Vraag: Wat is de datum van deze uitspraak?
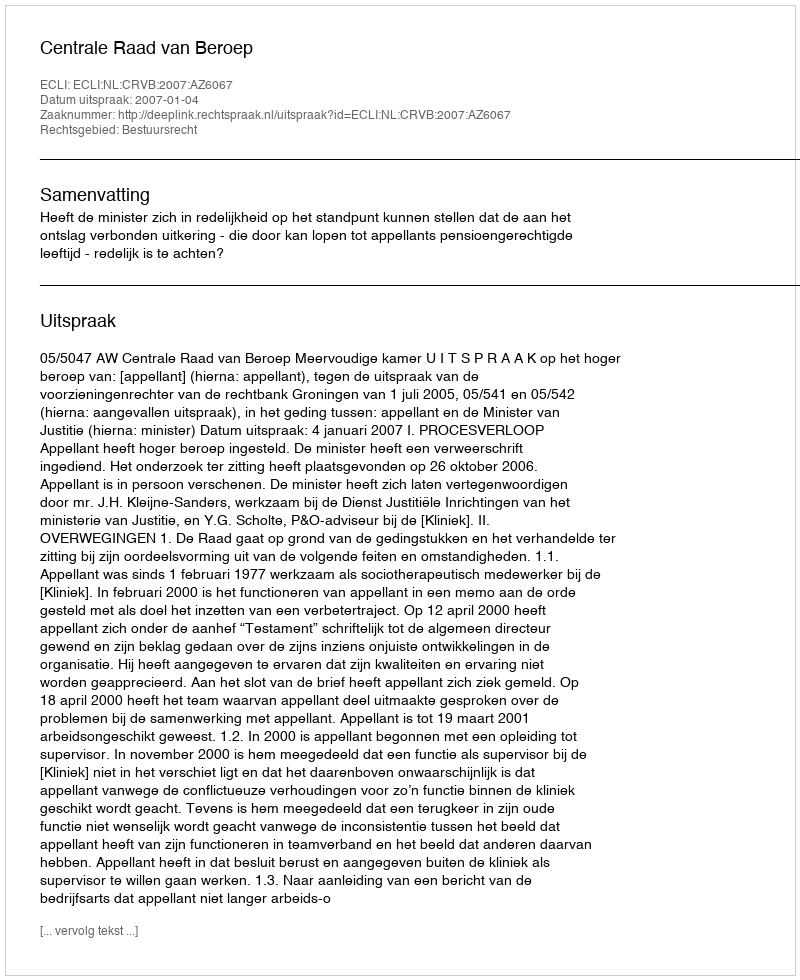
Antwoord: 2007-01-04